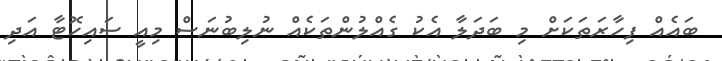
ބައެއް ފިހާރަތަކަށް މި ބަދަލާ އެކު ގެއްލުންތަކެއް ނުލިބުނަސް މިއީ ސައިހޮޓާ އަދި